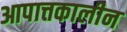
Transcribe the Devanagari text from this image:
आपात्तकालीन